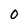
Character: 0